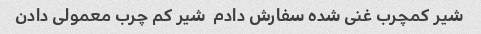
شیر کمچرب غنی شده سفارش دادم  شیر کم چرب معمولی دادن